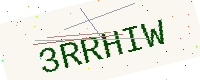
Text: 3RRHIW